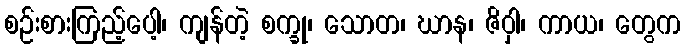
စဉ်းစားကြည့်ပေါ့၊ ကျန်တဲ့ စက္ခု၊ သောတ၊ ဃာန၊ ဇိဝှါ၊ ကာယ၊ တွေက